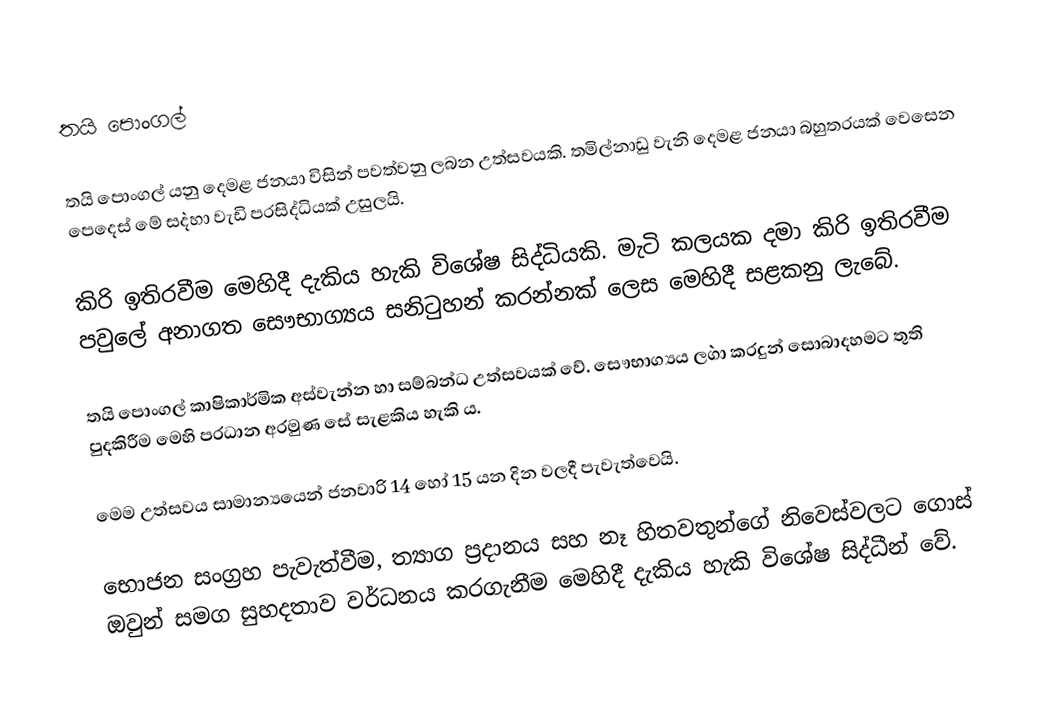
තයි පොංගල්

තයි පොංගල් යනු දෙමළ ජනයා විසින් පවත්වනු ලබන උත්සවයකි. තමිල්නාඩු වැනි දෙමළ ජනයා බහුතරයක් වෙසෙන පෙදෙස් මේ ස`දහා වැඩි ප‍්‍රසිද්ධියක් උසුලයි.

කිරි ඉතිරවීම මෙහිදී දැකිය හැකි විශේෂ සිද්ධියකි. මැටි කලයක දමා කිරි ඉතිරවීම පවුලේ අනාගත සෞභාග්‍යය සනිටුහන් කරන්නක් ලෙස මෙහිදී සළකනු ලැබේ.

තයි පොංගල් කාෂිකාර්මික අස්වැන්න හා සම්බන්ධ උත්සවයක් වේ. සෞභාග්‍යය ල`ගා කරදුන් සොබාදහමට තුති පුදකිරීම මෙහි ප‍්‍රධාන අරමුණ සේ සැළකිය හැකි ය.

මෙම උත්සවය සාමාන්‍යයෙන් ජනවාරි 14 හෝ 15 යන දින වලදී පැවැත්වෙයි.

භොජන සංග‍්‍රහ පැවැත්වීම, ත්‍යාග ප‍්‍රදානය සහ නෑ හිතවතුන්ගේ නිවෙස්වලට ගොස් ඔවුන් සමග සුහදතාව වර්ධනය කරගැනීම මෙහිදී දැකිය හැකි විශේෂ සිද්ධීන් වේ.